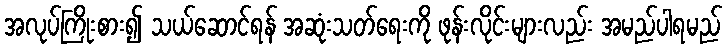
အလုပ်ကြိုးစား၍ သယ်ဆောင်ရန် အဆုံးသတ်ရေးကို ဖုန်းလိုင်းများလည်း အမည်ပါရမည်